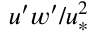
u ^ { \prime } w ^ { \prime } / u _ { * } ^ { 2 }